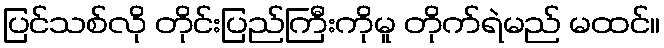
ပြင်သစ်လို တိုင်းပြည်ကြီးကိုမူ တိုက်ရဲမည် မထင်။